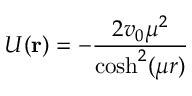
U ( \mathbf { r } ) = - \frac { 2 v _ { 0 } \mu ^ { 2 } } { \cosh ^ { 2 } ( \mu r ) }